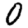
Digit: 0